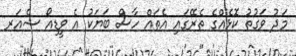
މަދު ވަގުތު ކޮޅެއްގެ ތެރޭގައި އެތައް ހާސް ބަޔަކު އެ ވީޑިއޯ ޝެއަރ